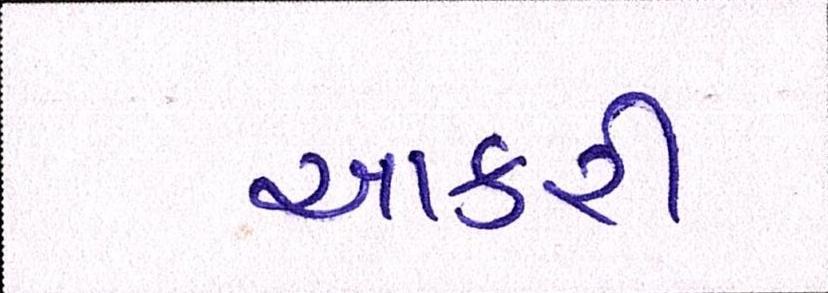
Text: આકરી